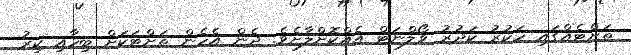
ތަށްޓެއްގައި ހަކުރު ކަދުރު ވޯލްނަޓް އެއްކޮށްލާށެވެ. ދެން އެހެން ތަށްޓަކަށް ބިހާއި ކިރު